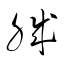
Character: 職